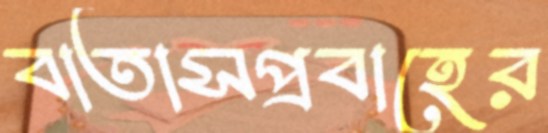
বাতাসপ্রবাহের